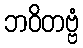
ဘဝိတဗ္ဗံ